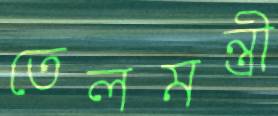
তেলমন্ত্রী